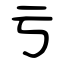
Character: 亏